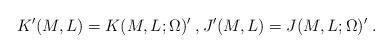
LaTeX: \begin{align*}K'(M,L)=K(M,L;\Omega)'\;,J'(M,L)=J(M,L;\Omega)'\;.\end{align*}